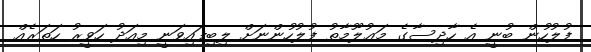
ފުލުހުން ބުނީ އެ ހާދިސާގެ މަޢުލޫމާތު ފުލުހުންނަށް ލިބިފައިވަނީ މިއަދު ހަވީރު ހަތަރެއް